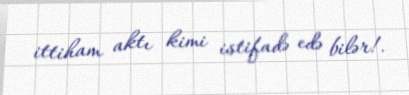
ittiham aktı kimi istifadə edə bilər!.